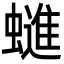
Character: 䗯